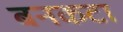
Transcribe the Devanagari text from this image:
बनकटा